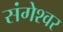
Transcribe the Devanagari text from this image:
संगेश्वर